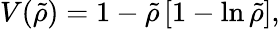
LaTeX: V(\tilde{\rho})=1-\tilde{\rho}\left[1-\ln\tilde{\rho}\right],